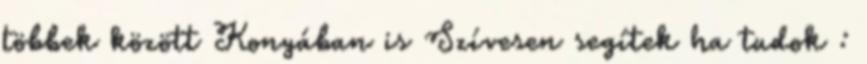
többek között Konyában is Szívesen segítek ha tudok :